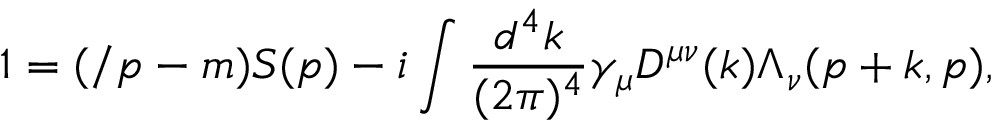
1 = ( \slash p - m ) S ( p ) - i \int \frac { d ^ { 4 } k } { ( 2 \pi ) ^ { 4 } } \gamma _ { \mu } D ^ { \mu \nu } ( k ) \Lambda _ { \nu } ( p + k , p ) ,